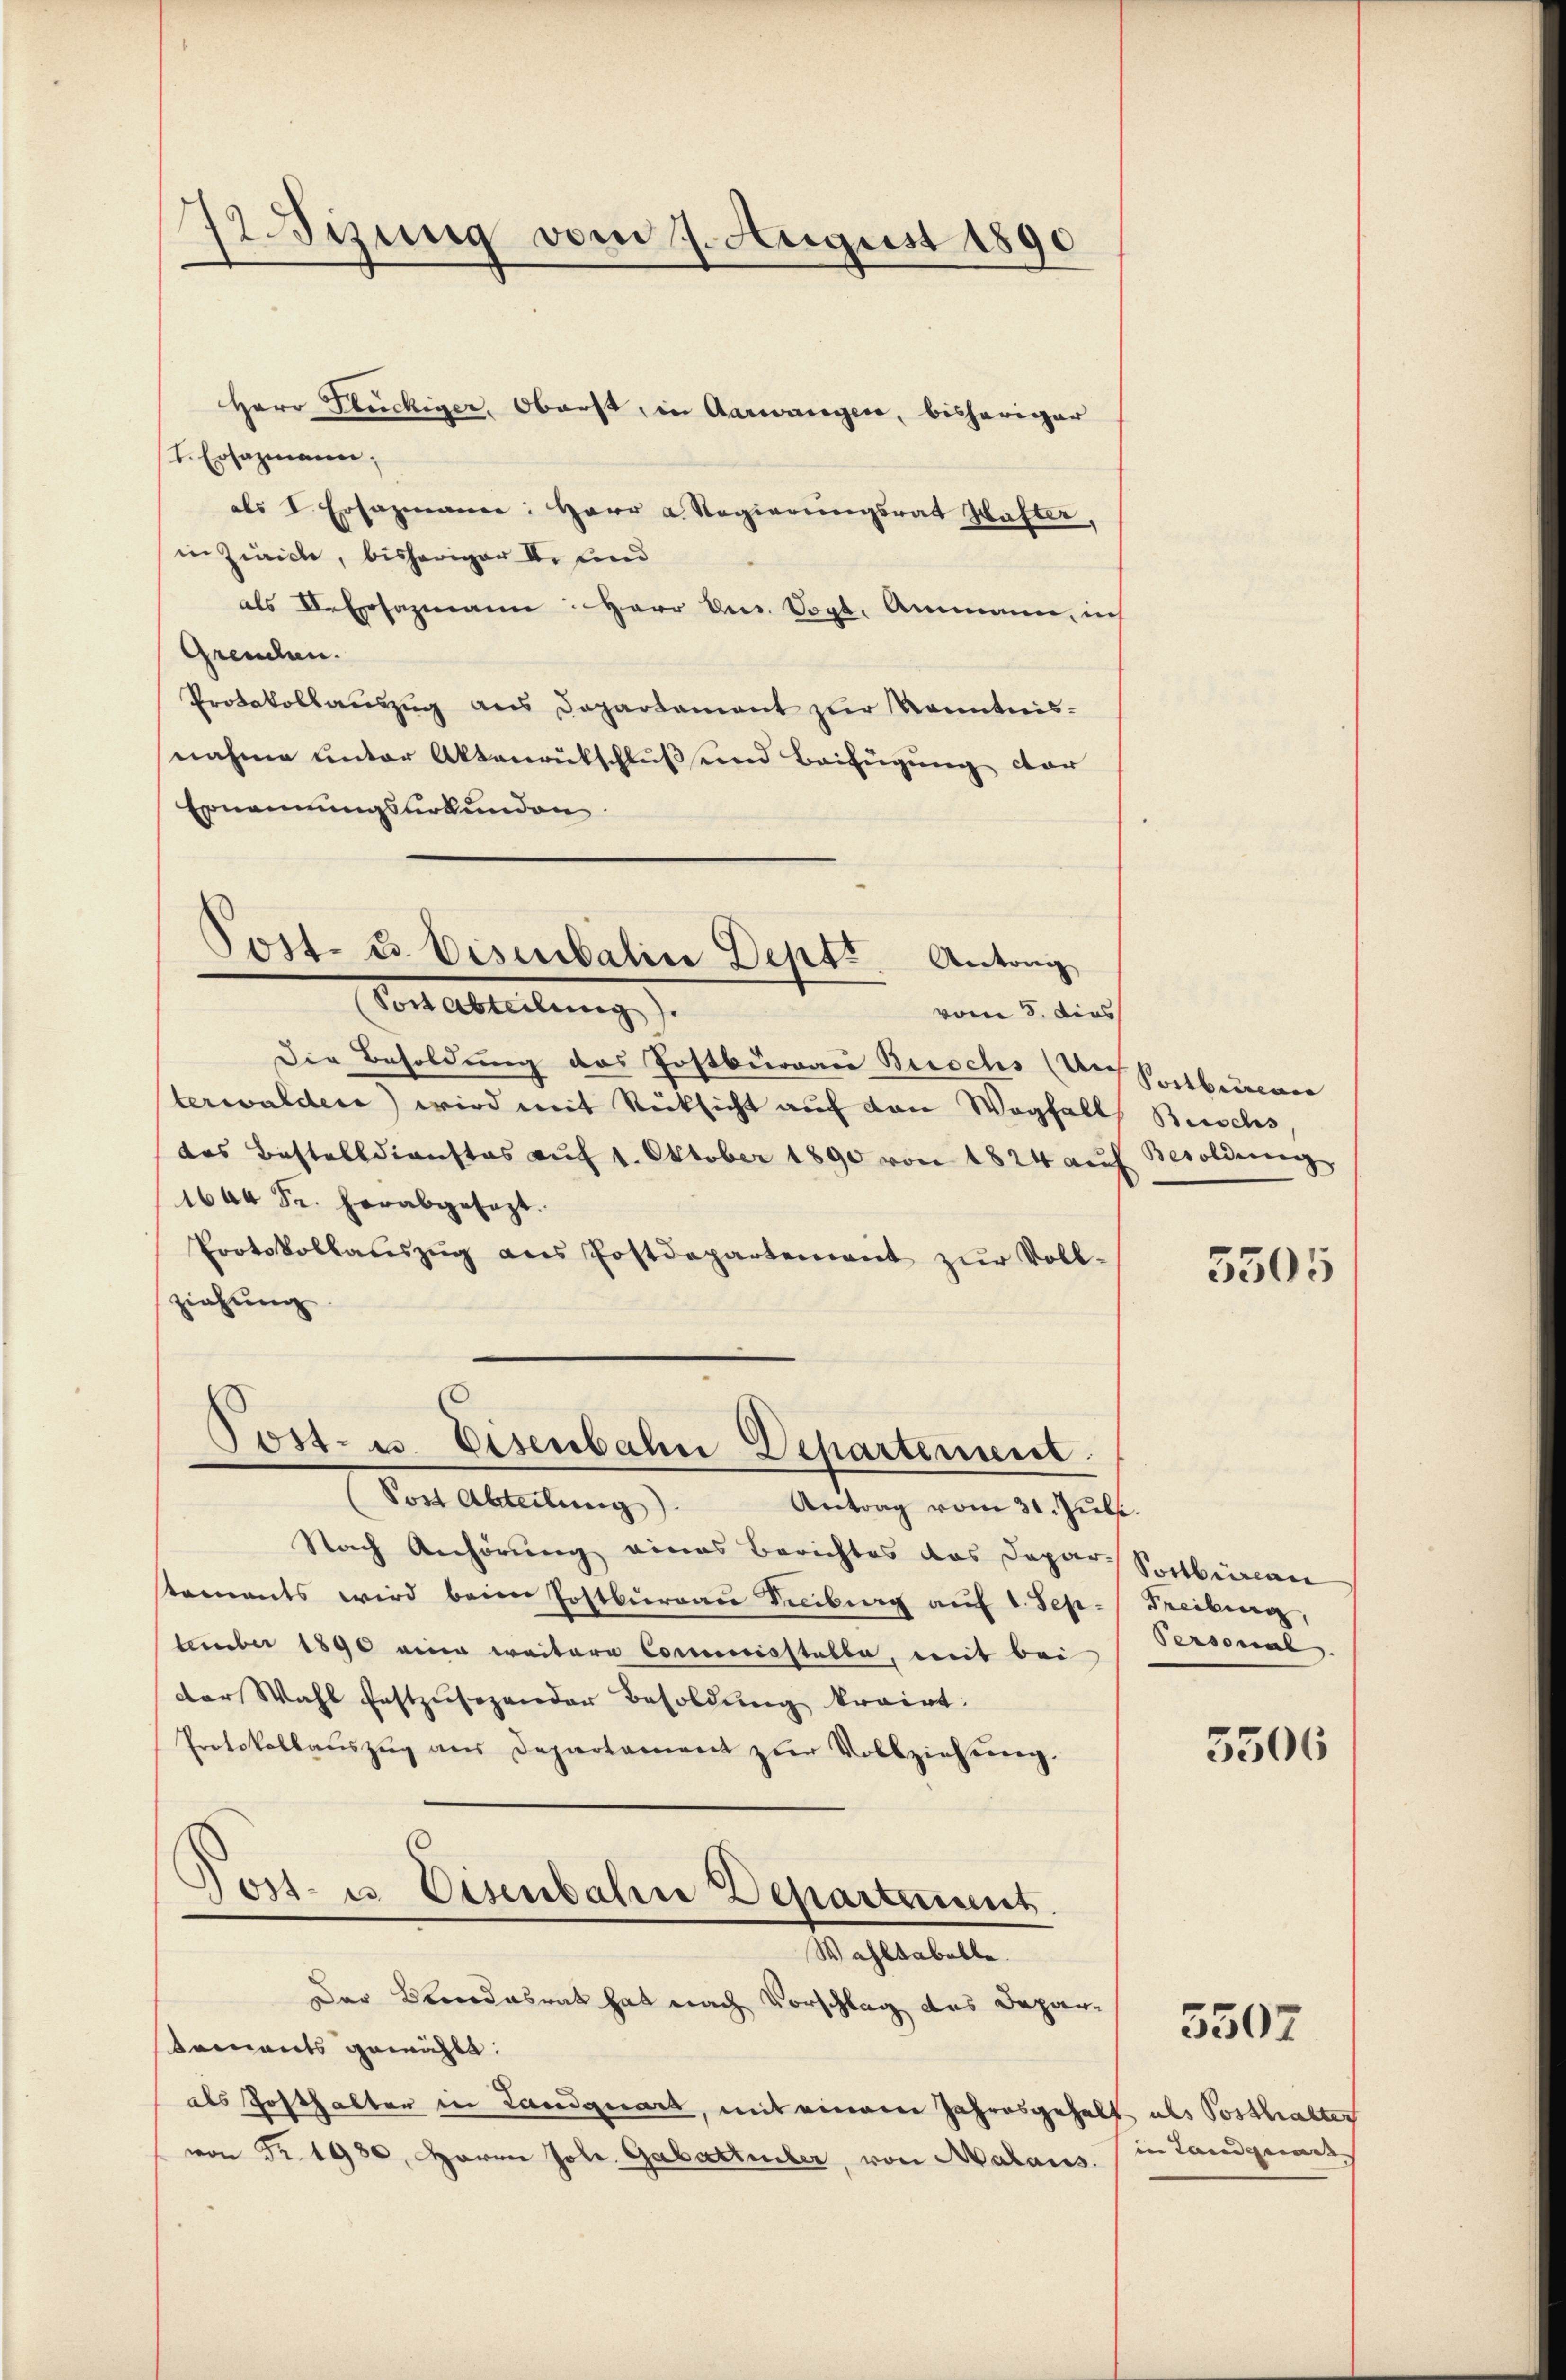
72. Sizung vom 7. August 1890

Herr Flückiger, Oberst, in Aarwangen, bisheriger
t. Ersazmann.
als I. Ersazmaner: Herr a. Regierŭngsrat Schafter,
in Zürich, bisheriger I. und
als II. Ersazmann: Herr Dns. Vogt. Ammann, in
Grenden.
Protokollaŭszŭg ans Departament zur Kenntnis-
nahme unter Aktenrutschluß und Beifügung cor
Ernennungsurkunden

Post- u. Eisenbalin Dept. Anton
Vor Abteilung).
vom 8. dies

Die Besoldung des Postburgau Buschs (An Pribirener
terwalden) wird mit Rücksicht auf den Wegfalls Bischs
das Bestelldienstes aŭf 1. Oktober 1890 von 1824 aŭf Besoldung
1644 Fr. herabgesezt.
Protokollauszug aus Postdepartement zur Voll-
ziehung

Post- u. Eisenbahn Departement.
Vor Abteilung

Antrag vom 31. Juli.
Nach Anhörung eines Berichtes das Depar Seitberlan
stements wird beim Postbureau Sebung auf 1. September 1890 eine weitere Commisstatte, mit bei
der Wahl festzusezender Besoldung krairt.
Protokollaŭszŭg ans Departament zŭr Vollziehung.
.
Post- u. Eisenbahne Departement

Wahltabelle.

Der Brandesrat hat nach Vorschlag des Departements gewählt:
als Posthalter in Landquart, mit einem Jahresgehal
von Fr. 1930. Herrn Joh. Gabatteiler, von Malaus.

5505

Freiburg,
Personal

3306

als Posthalten
in Landquart

5507